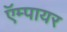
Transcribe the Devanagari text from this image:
ऍम्पायर